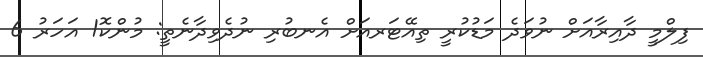
ފިލްމީ ދާއިރާއަށް ނުވަދެ މަޑުކުރީ ތިއޭޓަރއަށް އެނބުރި ނުދެވިދާނެތީ: މުންކޮ1 އަހަރު 6